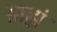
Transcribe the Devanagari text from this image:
ग्राह्यं